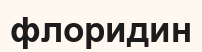
флоридин